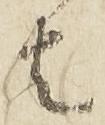
者